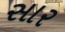
સાર